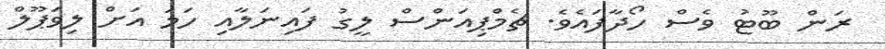
ރަން ބޫޓު ވެސް ހޯދާފައެވެ. ޗެމްޕިއަންސް ލީގު ފައިނަލާއި ހަމަ އަށް ލިވަޕޫލް